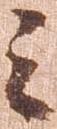
之